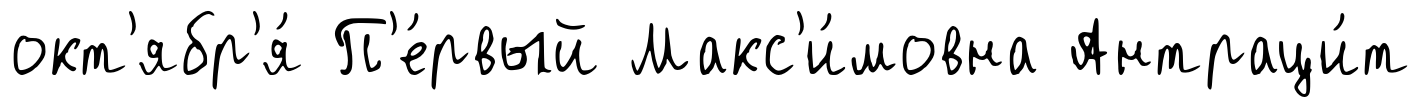
окт'ябр'я́ П'е́рвый Макс'и́мовна Антраци́т